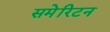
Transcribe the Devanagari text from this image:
समेरिटन